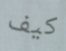
كيف